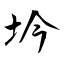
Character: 坅